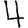
Digit: 4